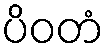
ပိဝတံ